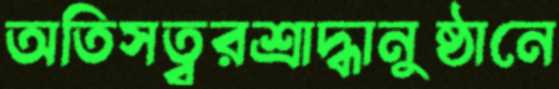
অতিসত্বরশ্রাদ্ধানুষ্ঠানে